Vaccination in Bombay 1913-1923 - 1913-1923
Year: 1913
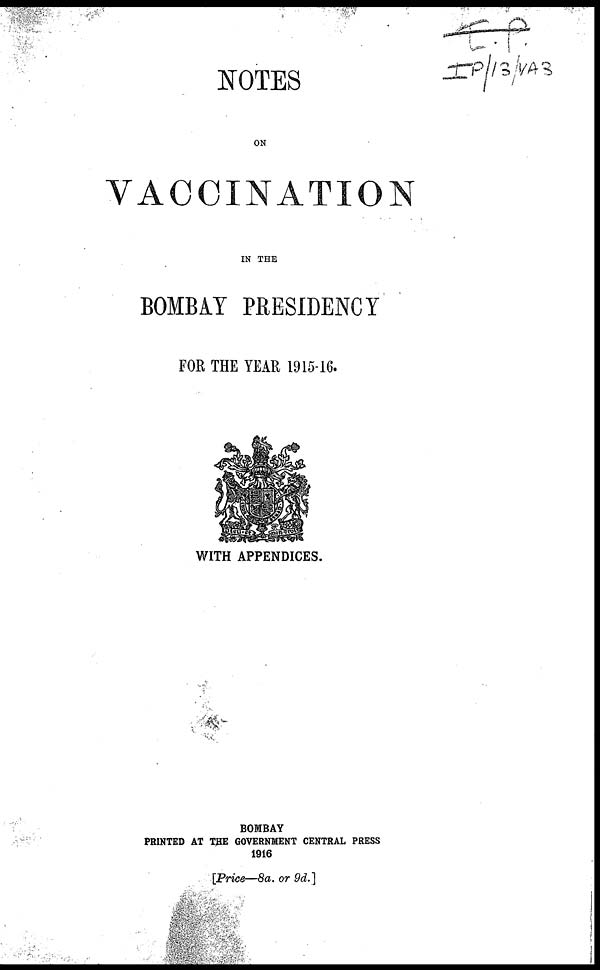
NOTES
ON
VACCINATION
IN THE
BOMBAY PRESIDENCY
FOR THE YEAR 1915-16.
WITH APPENDICES.
BOMBAY
PRINTED AT THE GOVERNMENT CENTRAL PRESS
1916
[Price—8a. or 9d.]